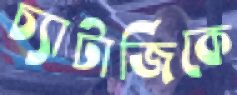
চ্যাটার্জিকে